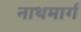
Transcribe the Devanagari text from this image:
नाथमार्ग